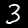
Digit: 3